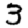
Digit: 3